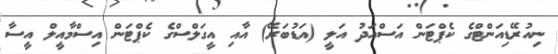
ނިއުރޭޑިއަންޓްގެ ކެޕްޓަން އަސްއަދު އަލީ (އަޑުބަރޭ) އާއި އީގަލްސްގެ ކެޕްޓަން އިސްމާއީލް އީސާ